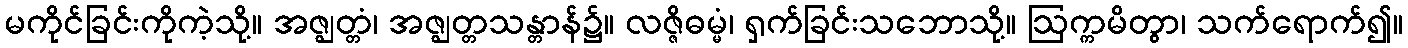
မကိုင်ခြင်းကိုကဲ့သို့။ အဇ္ဈတ္တံ၊ အဇ္ဈတ္တသန္တာန်၌။ လဇ္ဇိဓမ္မံ၊ ရှက်ခြင်းသဘောသို့။ ဩက္ကမိတွာ၊ သက်ရောက်၍။